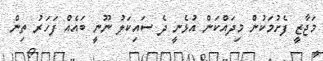
މަޖާޒީ ފެށުމަކުން މިދައްކަން އުޅެނީ ދެ ސައިކަލު ނޫނީ ބައެއް ފަހަރު ތިން